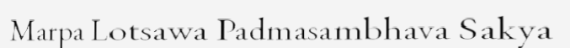
Marpa Lotsawa Padmasambhava Sakya